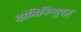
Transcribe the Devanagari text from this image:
दोमिनिग्युएज़्